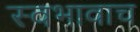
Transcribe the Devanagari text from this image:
स्वभावाच